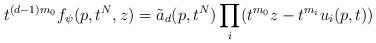
LaTeX: \begin{align*}t^{(d-1)m_0} f_\psi(p, t^N, z) = {\tilde a}_d(p,t^N) \prod_{i} (t^{m_0} z - t^{m_i} u_i (p,t)) \end{align*}